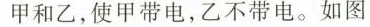
甲和乙，使甲带电，乙不带电。如图